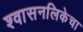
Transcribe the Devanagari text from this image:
श्वासनलिकेचा